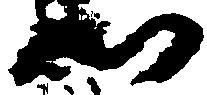
心